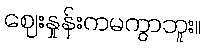
ဈေးနှုန်းကမကွာဘူး။